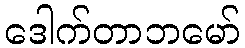
ဒေါက်တာဘမော်